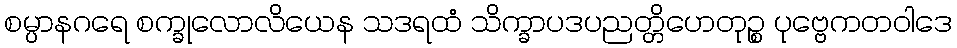
စမ္ပာနဂရေ စက္ခုလောလိယေန သဒရထံ သိက္ခာပဒပညတ္တိဟေတုဉ္စ ပုဗ္ဗေကတဝါဒေ